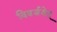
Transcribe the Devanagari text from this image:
विवर्जयेत्